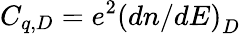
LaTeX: C_{q,D}=e^{2}\left(dn/dE\right)_{D}